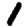
Digit: 1